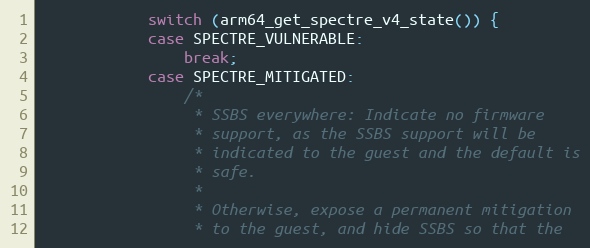
Language: C
			switch (arm64_get_spectre_v4_state()) {
			case SPECTRE_VULNERABLE:
				break;
			case SPECTRE_MITIGATED:
				/*
				 * SSBS everywhere: Indicate no firmware
				 * support, as the SSBS support will be
				 * indicated to the guest and the default is
				 * safe.
				 *
				 * Otherwise, expose a permanent mitigation
				 * to the guest, and hide SSBS so that the